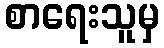
စာရေးသူမှ